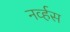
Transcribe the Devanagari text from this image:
नव्‍र्हस